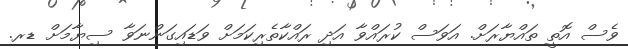
ވެސް އޮތީ ތައްޔާރަށް. އަވަސް ކުރައްވާ އަދި ރައްކާތެރިކަމަށް ވަަޑައިގަންނަވާ ސިޔާމަށް ޑރ.